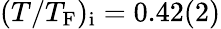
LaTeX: (T/T_{\mathrm{F}})_{\mathrm{i}}=0.42(2)